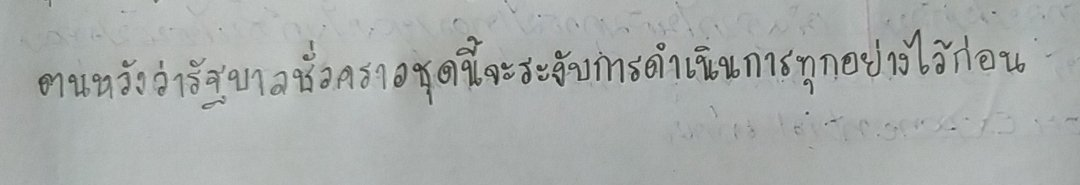
ตนหวังว่ารัฐบาลชั่วคราวชุดนี้จะระงับการดำเนินการทุกอย่างไว้ก่อน